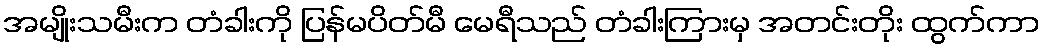
အမျိုးသမီးက တံခါးကို ပြန်မပိတ်မီ မေရီသည် တံခါးကြားမှ အတင်းတိုး ထွက်ကာ